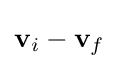
{\textbf {v}}_{i}-{\textbf {v}}_{f}